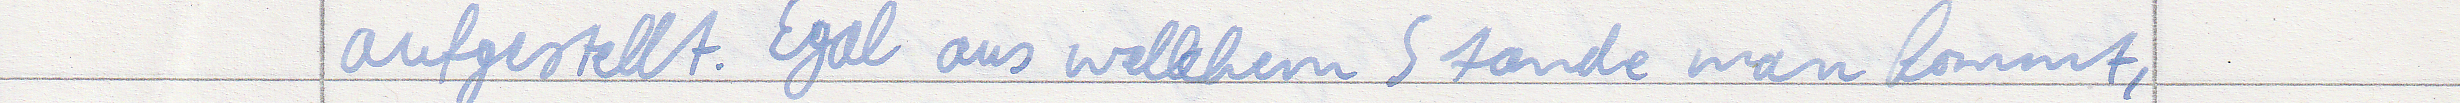
aufgestellt. Egal aus welchem Stande man kommt,